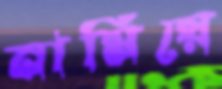
নামিয়ে